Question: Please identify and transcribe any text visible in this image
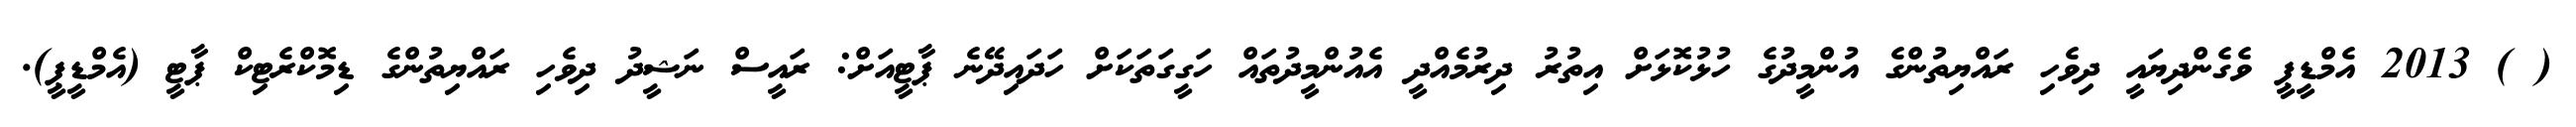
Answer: ( ) 2013 އެމްޑީޕީ ވެގެންދިޔައީ ދިވެހި ރައްޔިތުންގެ އުންމީދުގެ ހުޅުކޮޅަށް އިތުރު ދިރުމެއްދީ އެއުންމީދުތައް ހަގީގަތަކަށް ހަދައިދޭނެ ޕާޓީއަށް: ރައީސް ނަޝީދު ދިވެހި ރައްޔިތުންގެ ޑިމޮކްރެޓިކް ޕާޓީ (އެމްޑީޕީ).